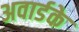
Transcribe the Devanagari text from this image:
अवार्डके